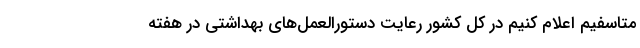
متاسفیم اعلام کنیم در کل کشور رعایت دستورالعمل‌های بهداشتی در هفته